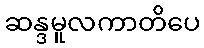
ဆန္ဒမူလကာတိပေ